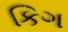
કિગ